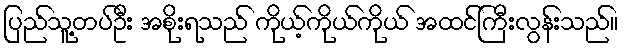
ပြည်သူ့တပ်ဦး အစိုးရသည် ကိုယ့်ကိုယ်ကိုယ် အထင်ကြီးလွန်းသည်။